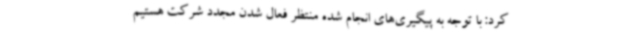
کرد: با توجه به پیگیری‌های انجام شده منتظر فعال شدن مجدد شرکت هستیم